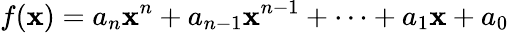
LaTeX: f(\mathbf{x})=a_{n}\mathbf{x}^{n}+a_{n-1}\mathbf{x}^{n-1}+\cdots+a_{1}\mathbf{x}+a_{0}